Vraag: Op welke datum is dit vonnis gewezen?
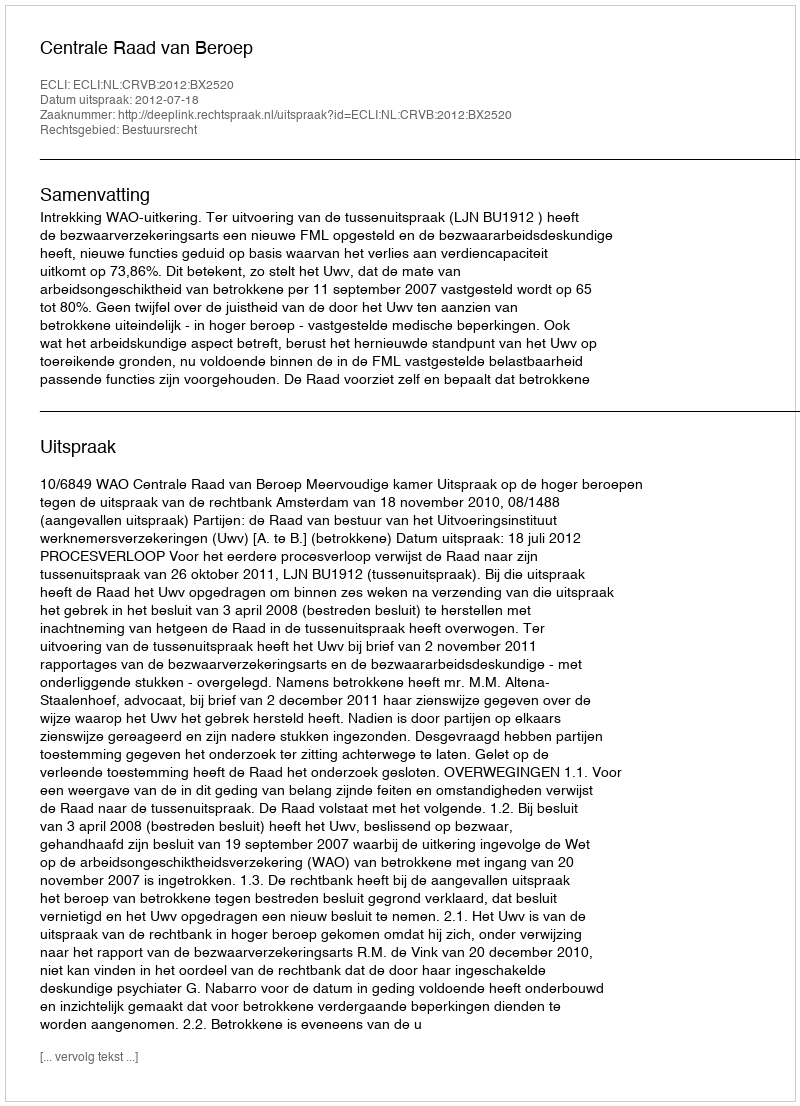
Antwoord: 2012-07-18